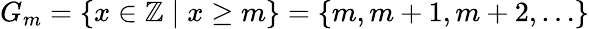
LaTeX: G_{m}=\{ x\in\mathbb{Z}\mid x\geq m\} =\{ m,m+1,m+2,\ldots\}